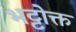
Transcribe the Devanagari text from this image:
भट्टोक्त